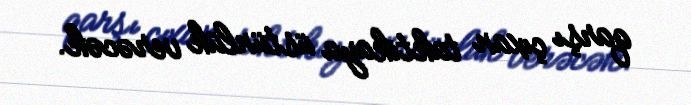
qarşı çıxan taktikaya üstünlük verəcək.